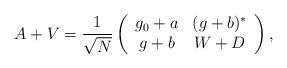
LaTeX: \begin{align*}A + V = \frac{1}{\sqrt{N}} \left( \begin{array}{cc}g_0 +a & (g+b) ^*\\g+b & W + D\end{array}\right),\end{align*}